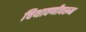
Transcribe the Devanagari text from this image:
चिथावणीवरून